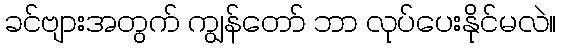
ခင်ဗျားအတွက် ကျွန်တော် ဘာ လုပ်ပေးနိုင်မလဲ။